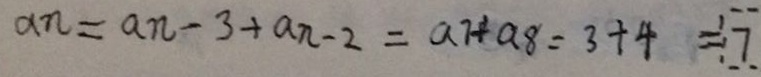
a _ { n } = a _ { n } - 3 + a _ { n } - 2 = a _ { 7 } + a _ { 8 } = 3 + 4 = 7